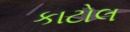
કાટોલ